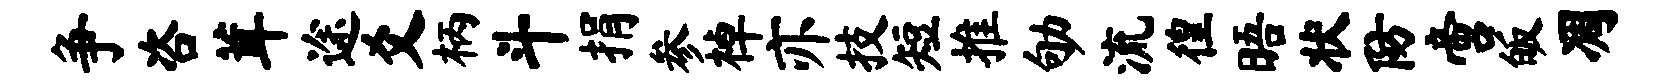
争咨茸途爻柄斗捐参棹亦技短推劬流徨晤状防啻皈凋